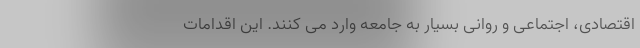
اقتصادی، اجتماعی و روانی بسیار به جامعه وارد می کنند. این اقدامات